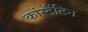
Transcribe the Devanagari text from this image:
कांस्टैंटिन